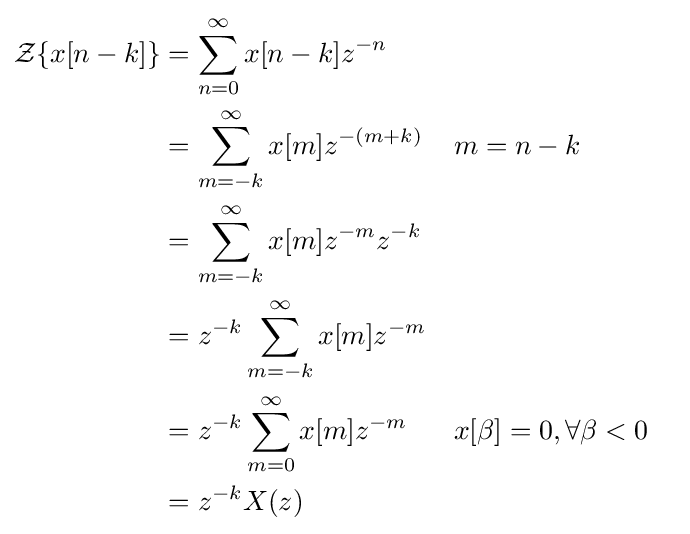
{\begin{aligned}{\mathcal {Z}}\{x[n-k]\}&=\sum _{n=0}^{\infty }x[n-k]z^{-n}\\&=\sum _{m=-k}^{\infty }x[m]z^{-(m+k)}&&m=n-k\\&=\sum _{m=-k}^{\infty }x[m]z^{-m}z^{-k}\\&=z^{-k}\sum _{m=-k}^{\infty }x[m]z^{-m}\\&=z^{-k}\sum _{m=0}^{\infty }x[m]z^{-m}&&x[\beta ]=0,\forall \beta <0\\&=z^{-k}X(z)\end{aligned}}